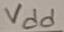
Text: Vdd